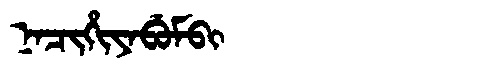
Manchu: ᠨᠠᠴᡳᡥᡳᠶᠠᠪᡠᠮᠪᡳ
Romanization: NACIHIYABUMBI